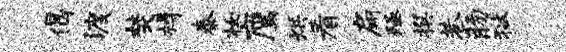
偈渡焚樽泰妆鹰烘看扁殛撰巷肠狱